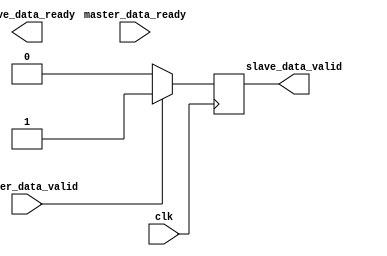
module timing_control_sync (
    input wire clk,
    input wire master_data_valid,
    output reg slave_data_valid,
    input wire master_data_ready,
    output reg slave_data_ready
);

// Synchronize data valid signal from master to slave clock domain
always @(posedge clk) begin
    if (master_data_valid) begin
        slave_data_valid <= 1;
    end else begin
        slave_data_valid <= 0;
    end
end

// Synchronize data ready signal from slave to master clock domain
always @(posedge clk) begin
    if (slave_data_ready) begin
        master_data_ready <= 1;
    end else begin
        master_data_ready <= 0;
    end
end

endmodule